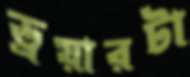
ড্রয়ারটা